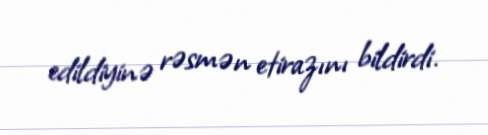
edildiyinə rəsmən etirazını bildirdi.